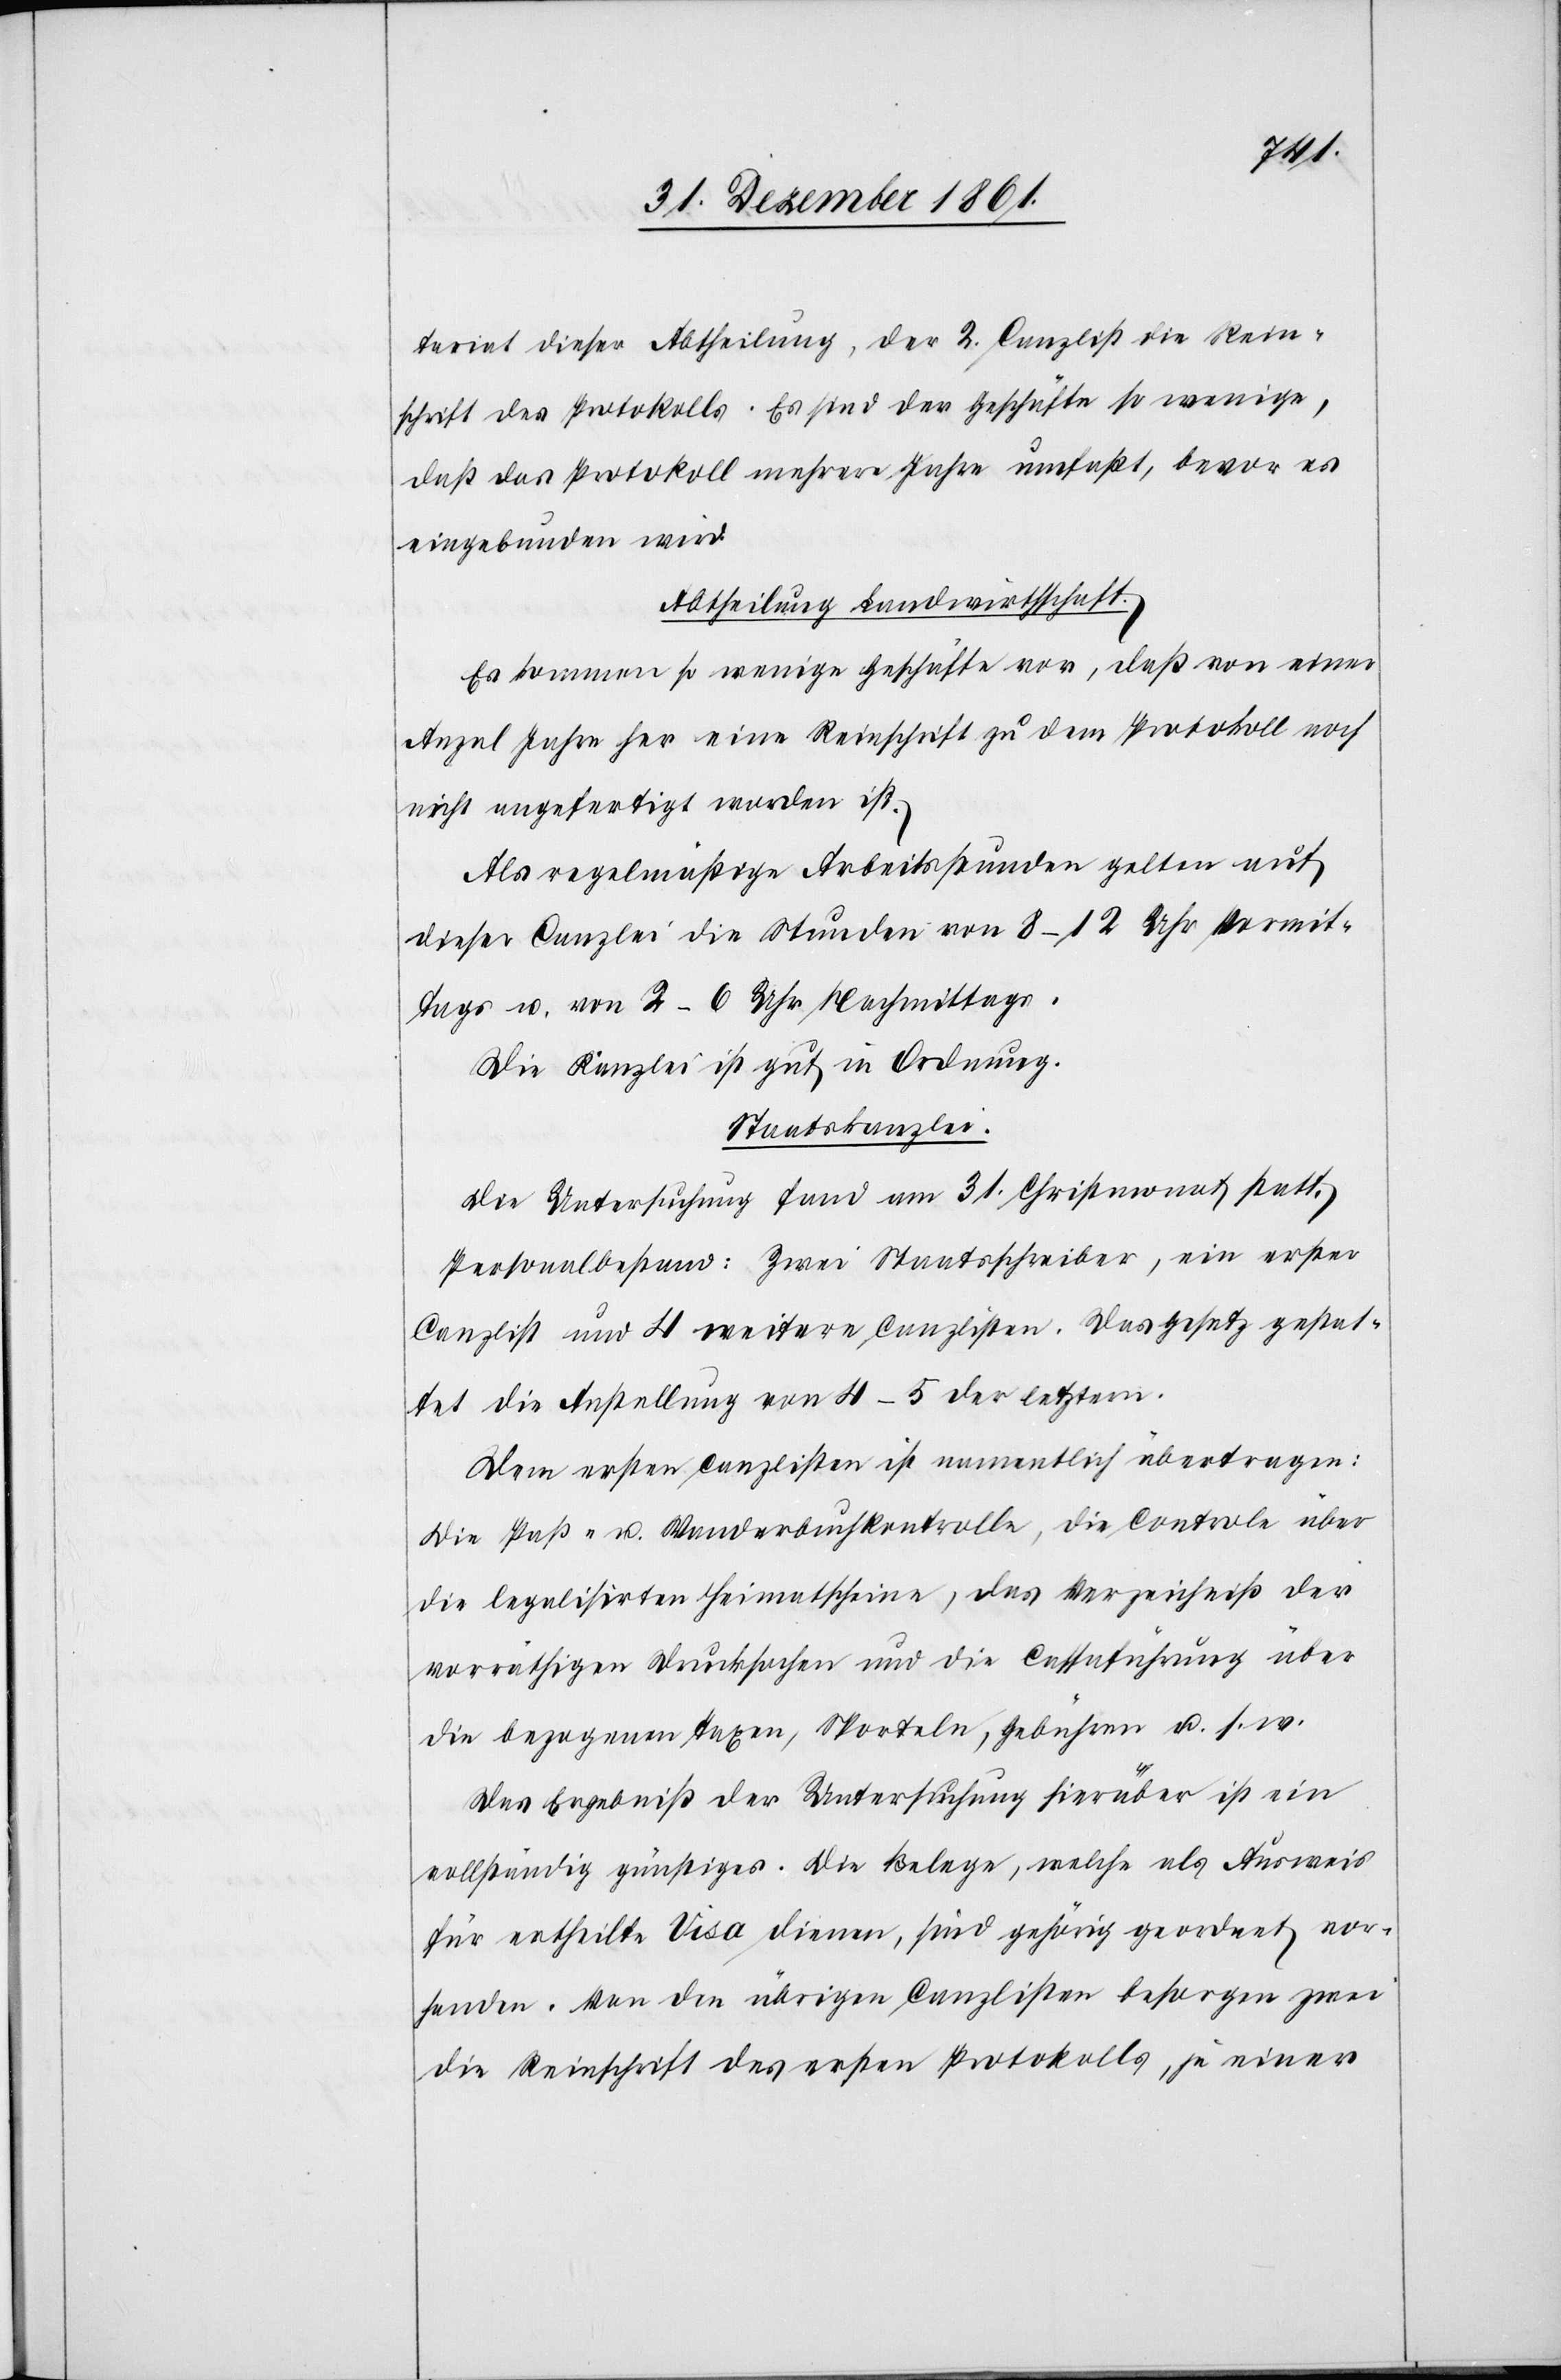
tariat dieser Abtheilung, der 2 Canzlist die Rein¬
schrift des Protokolls. Es sind der Geschäfte so wenige,
daß das Protokoll mehrere Jahre umfaßt, bevor es
eingebunden wird.
Abtheilung Landwirthschaft.
Es kommen so wenige Geschäfte vor, daß von einer
Anzal Jahre her eine Reinschrift zu dem Protokoll noch
nicht angefertigt worden ist.
Als regelmäßige Arbeitsstunden gelten auf
dieser Canzlei die Stunden von 8–12 Uhr, Vormit¬
tags u. von 2–6 Uhr Nachmittags.
Die Kanzlei ist gut in Ordnung.
Staatskanzlei.
Die Untersuchung fand am 31 Christmonat statt.
Personalbestand: Zwei Staatsschreiber, ein erster
Canzlist und 4 weitere Canzlisten. Das Gesetz gestat¬
tet die Anstellung von 4–5 der letztern.
Dem ersten Canzlisten ist namentlich übertragen:
Die Paß- u. Wanderbuchkontrolle, die Controle über
die legalisirten Heimatscheine, das Verzeichniß der
vorräthigen Drucksachen und die Cassaführung über
die bezogenen Taxen, Sporteln, Gebühren u. s. w.
Das Ergebniß der Untersuchung hierüber ist ein
vollständig günstiges. Die Belege, welche als Ausweis
für ertheilte Visa dienen, sind gehörig geordnet vor¬
handen. Von den übrigen Canzlisten besorgen zwei
die Reinschrift des ersten Protokolls, je einer